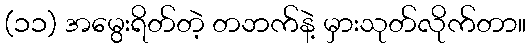
(၁၁) အမွေးရိတ်တဲ့ တဘက်နဲ့ မှားသုတ်လိုက်တာ။